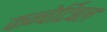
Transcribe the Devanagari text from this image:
कन्वेर्टिबल